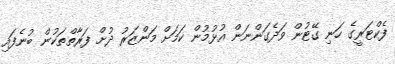
ފެކްޓަރީގެ ހަނި ގޭޓުން ވަދެގަންނަން އުޅުމުން ކަމަށް މަންޒަރު ދުށް ފަރާތްތަކުން ބުނެފައި